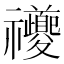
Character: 𥜶